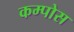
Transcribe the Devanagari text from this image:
कम्पोस